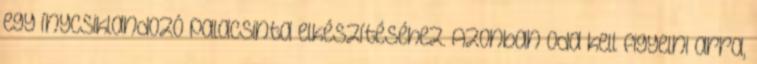
egy ínycsiklandozó palacsinta elkészítéséhez. Azonban oda kell figyelni arra,